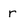
Character: r